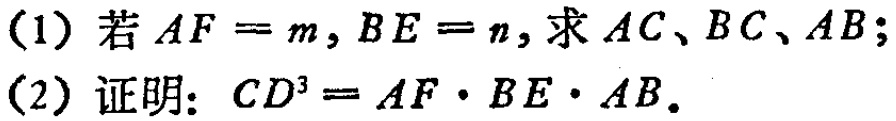
(1) 若 \(AF = m,BE = n\)，求 \(AC、BC、AB\)；

(2) 证明：\(CD^{3}=AF\cdot BE\cdot AB\)。